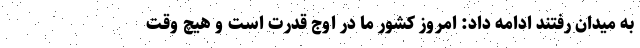
به میدان رفتند ادامه داد: امروز کشور ما در اوج قدرت است و هیچ وقت